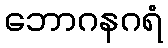
ဘောဂနဂရံ